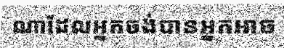
ណាដែលអ្នកចង់បានអ្នកអាច